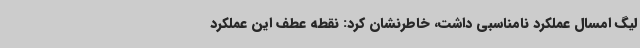
لیگ امسال عملکرد نامناسبی داشت، خاطرنشان کرد: نقطه عطف این عملکرد